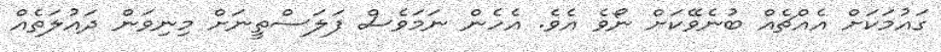
ގައުމަކަށް އެއްޗެއް ބުނެވޭކަށް ނޯވެ އެވެ. އެހެން ނަމަވެސް ފަލަސްތީނަށް މިނިވަން ދައުލަތެއް